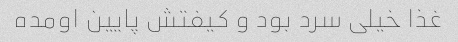
غذا خیلی سرد بود و کیفتش پایین اومده